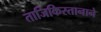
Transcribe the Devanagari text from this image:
ताजिकिस्तानाने